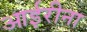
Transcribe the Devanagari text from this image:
आईरीना